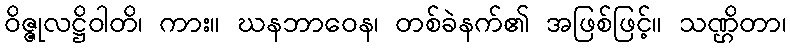
ဝိဇ္ဇုလဋ္ဌိဝါတိ၊ ကား။ ဃနဘာဝေန၊ တစ်ခဲနက်၏ အဖြစ်ဖြင့်။ သဏ္ဌိတာ၊